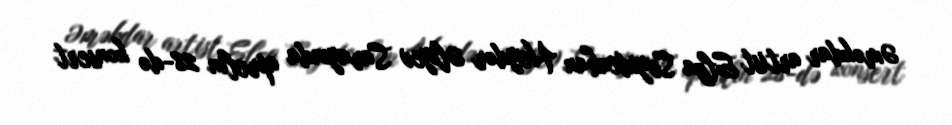
Əməkdar artist Elza Seyidcahan Heydər Əliyev Sarayında aprelin 28-də konsert